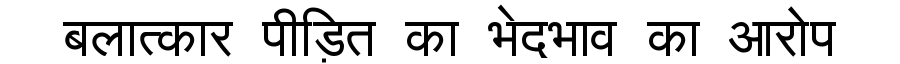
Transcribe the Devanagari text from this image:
बलात्कार पीड़ित का भेदभाव का आरोप